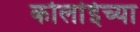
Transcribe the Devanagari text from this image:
कोर्लाईच्या